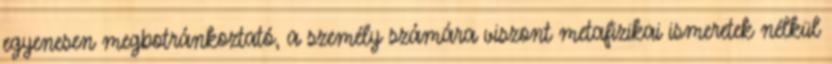
egyenesen megbotránkoztató, a személy számára viszont metafizikai ismeretek nélkül